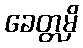
ခေတ္တမှိ